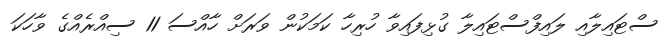
ސްޓައިލާއި ލައިފްސްޓައިލާ ގުޅިފައިވާ ހުރިހާ ކަމަކުން ވަރަށް ހާއްސަ 11 ސިއްރެއްގެ ވާހަކަ